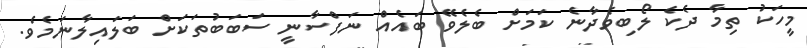
މީހަކު ތިމާ ދެކެ ލޯބިވެދާނެ ކަމަށް ބެލެވޭ ބައެއް ނަފްސާނީ ސަބަބުތަކަށް ބަލައިލާނަމެވެ.